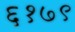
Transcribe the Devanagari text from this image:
६१७९